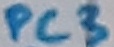
Text: PC3